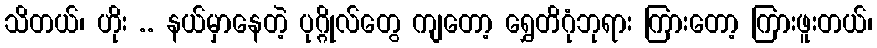
သိတယ်၊ ဟိုး .. နယ်မှာနေတဲ့ ပုဂ္ဂိုလ်တွေ ကျတော့ ရွှေတိဂုံဘုရား ကြားတော့ ကြားဖူးတယ်၊